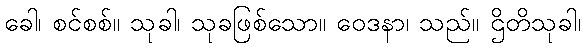
ခေါ၊ စင်စစ်။ သုခါ၊ သုခဖြစ်သော။ ဝေဒနာ၊ သည်။ ဌိတိသုခါ၊